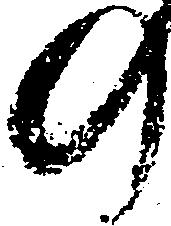
の